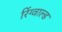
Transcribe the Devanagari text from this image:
रिंग्वाल्ड